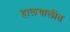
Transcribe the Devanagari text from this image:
हालचालीत